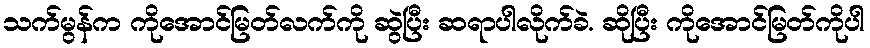
သက်မွန်က ကိုအောင်မြတ်လက်ကို ဆွဲပြီး ဆရာပါလိုက်ခဲ. ဆိုပြီး ကိုအောင်မြတ်ကိုပါ